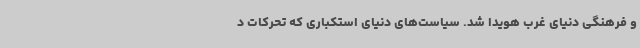
و فرهنگی دنیای غرب هویدا شد. سیاست‌های دنیای استکباری که تحرکات د